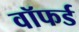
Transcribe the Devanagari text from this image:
वॉफर्ड